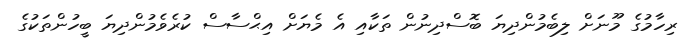
ރިހާމުގެ މޫނަށް ލިބެމުންދިޔަ ބޮސްދިނުން ތަކާއި އެ މެޔަށް އިޙްސާސް ކުރެވެމުންދިޔަ ބީހުންތަކުގެ